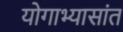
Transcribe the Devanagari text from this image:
योगाभ्यासांत